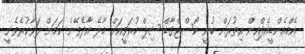
އެމްއެންޑީއެފްއިން އިތުރަށް ބުނީ ކޯސްޓްގާޑް ޝިޕް ހުރަވީއަށް މާލެ އާދެވޭނެ ކަމަށް ލަވާކުރެވެނީ